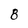
Character: 8